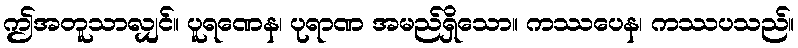
ဤအတူသာလျှင်။ ပူရဏေန၊ ပုရာဏ အမည်ရှိသော။ ကဿပေန၊ ကဿပသည်။